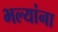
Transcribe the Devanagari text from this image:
भल्यांना